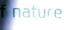
nature